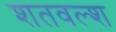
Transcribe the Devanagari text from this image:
शतवल्श